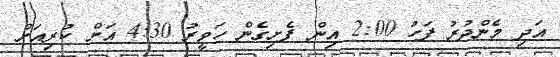
އަދި މެންދުރު ފަހު 2:00 އިން ފެށިގެން ހަވީރު 4:30 އަށް ކުރިއަށް